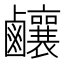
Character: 𪊊